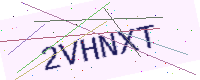
Text: 2VHNXT